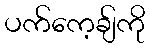
ပက်ကေ့ချ်ကို